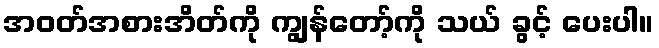
အဝတ်အစားအိတ်ကို ကျွန်တော့်ကို သယ် ခွင့် ပေးပါ။